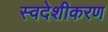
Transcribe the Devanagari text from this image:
स्वदेशीकरण